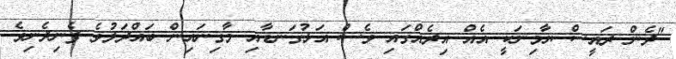
"ދެން ރައީސް ޔާމިނަކީ އެއް އިރެއްގައި ވެސް އަޅުގަނޑާއި މާގިނައިން ބައްދަލުވެ ފެނިދެނިވެ